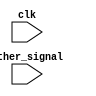
module synchronous_logic_block (
    input wire clk,
    input wire other_signal,
    // other input and output ports
);

reg [1:0] state;

always @(posedge clk, negedge clk) begin
    // code block to be executed on positive or negative edge of clk signal
    if (other_signal) begin
        // do something
    end
end

// other code for the module
endmodule